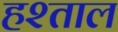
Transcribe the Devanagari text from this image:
हश्ताल